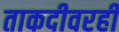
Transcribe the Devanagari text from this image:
ताकदीवरही